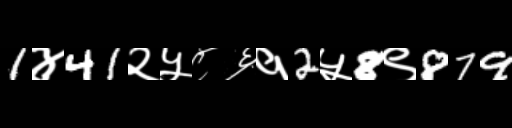
Text: 1४41२५८६१2५8९879